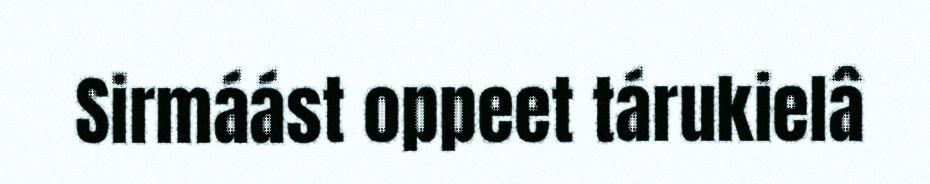
Sirmáást oppeet tárukielâ